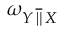
\omega _ { Y \, { \overline { { \| } } } \, X }